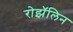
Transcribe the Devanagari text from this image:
रोझॅलिन